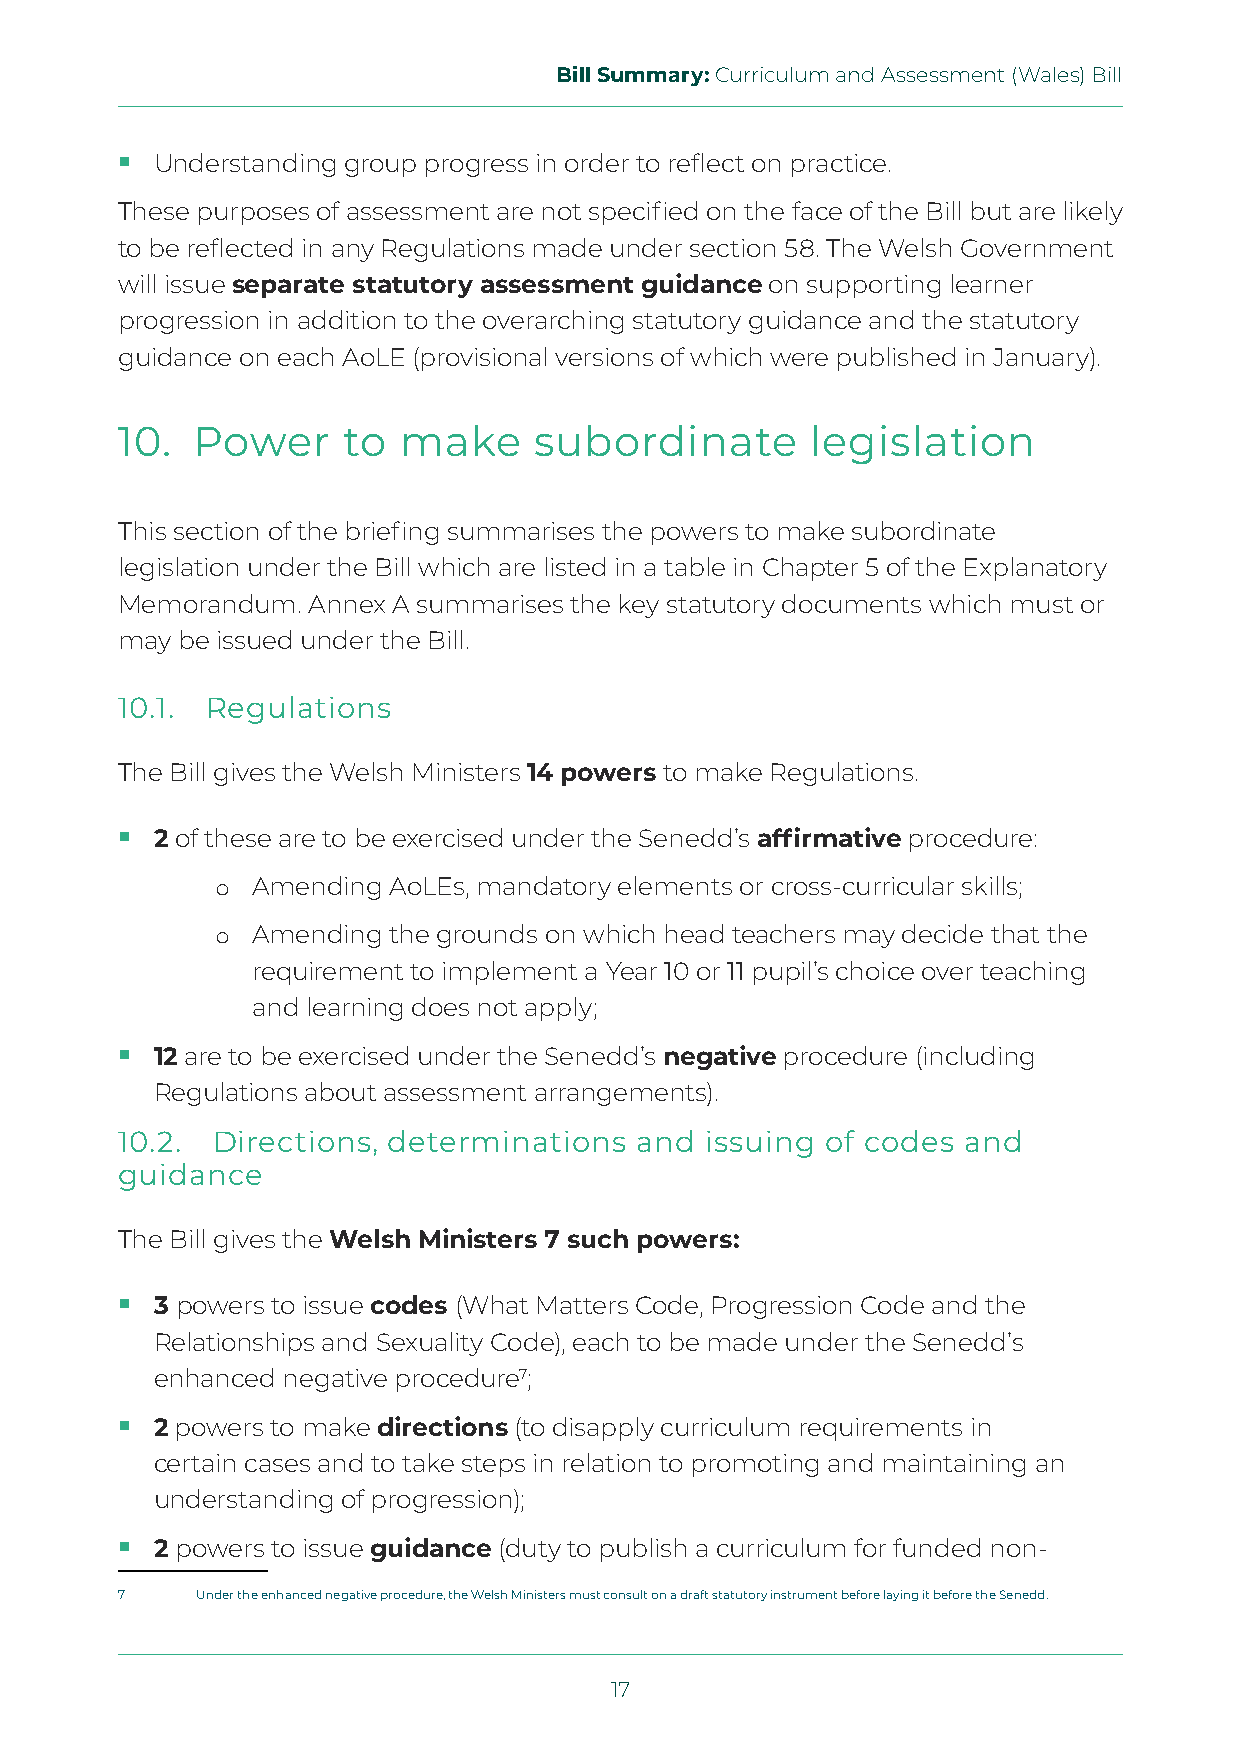
Bill Summary: Curriculum and Assessment (Wales) Bill
  Understanding group progress in order to reflect on practice.
 These purposes of assessment are not specified on the face of the Bill but are likely
 to be reflected in any Regulations made under section 58. The Welsh Government
 will issue separate statutory assessment guidance on supporting learner
 progression in addition to the overarching statutory guidance and the statutory
 guidance on each AoLE (provisional versions of which were published in January).
 10.  Power     to make     subordinate        legislation
 This section of the briefing summarises the powers to make subordinate
 legislation under the Bill which are listed in a table in Chapter 5 of the Explanatory
 Memorandum. Annex A summarises the key statutory documents which must or
 may be issued under the Bill.
 10.1. Regulations
 The Bill gives the Welsh Ministers 14 powers to make Regulations.
  2 of these are to be exercised under the Senedd’s affirmative procedure:
 Amending AoLEs, mandatory elements or cross-curricular skills;
 o
 Amending the grounds on which head teachers may decide that the
 o
 requirement to implement a Year 10 or 11 pupil’s choice over teaching
 and learning does not apply;
  12 are to be exercised under the Senedd’s negative procedure (including
 Regulations about assessment arrangements).
 10.2. Directions, determinations  and  issuing of codes and
 guidance
 The Bill gives the Welsh Ministers 7 such powers:
  3 powers to issue codes (What Matters Code, Progression Code and the
 Relationships and Sexuality Code), each to be made under the Senedd’s
 enhanced negative procedure7;
  2 powers to make directions (to disapply curriculum requirements in
 certain cases and to take steps in relation to promoting and maintaining an
 understanding of progression);
  2 powers to issue guidance (duty to publish a curriculum for funded non-
 7    Under the enhanced negative procedure, the Welsh Ministers must consult on a draft statutory instrument before laying it before the Senedd.
 17